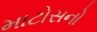
માટોસનો